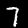
Label: 7